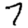
Digit: 7